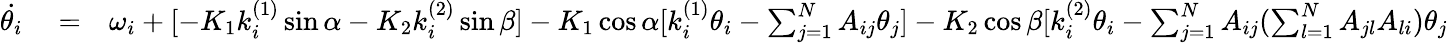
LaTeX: \begin{array}{rlr}{\dot{\theta_{i}}}&{{}=}&{\omega_{i}+[-K_{1}k_{i}^{(1)}\sin\alpha-K_{2}k_{i}^{(2)}\sin\beta]-K_{1}\cos\alpha[k_{i}^{(1)}\theta_{i}-\sum_{j=1}^{N}A_{ij}\theta_{j}]-K_{2}\cos\beta[k_{i}^{(2)}\theta_{i}-\sum_{j=1}^{N}A_{ij}(\sum_{l=1}^{N}A_{jl}A_{li})\theta_{j}}\end{array}